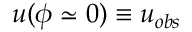
u ( \phi \simeq 0 ) \equiv u _ { o b s }